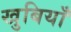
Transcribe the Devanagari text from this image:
खुबियाँ